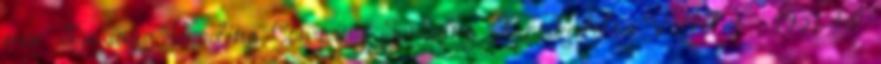
már Samsung Trading Company Samsung Kereskedelmi Vállalat , 1951-től